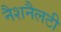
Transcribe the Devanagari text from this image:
नैशनैलटी